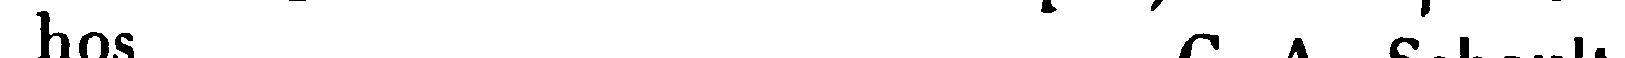
hos C. A. Schoultz.